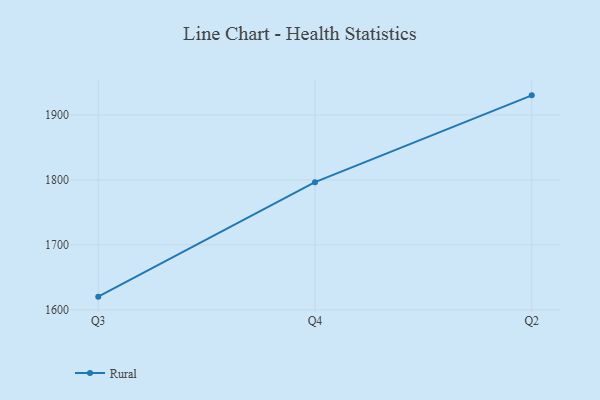
{"axis": {"x": "Quarter", "y": "Headcount"}, "legend": ["Rural"], "data": [{"x": "Q3", "y": 1620.3, "type": "Rural"}, {"x": "Q4", "y": 1796.5, "type": "Rural"}, {"x": "Q2", "y": 1930.1, "type": "Rural"}]}